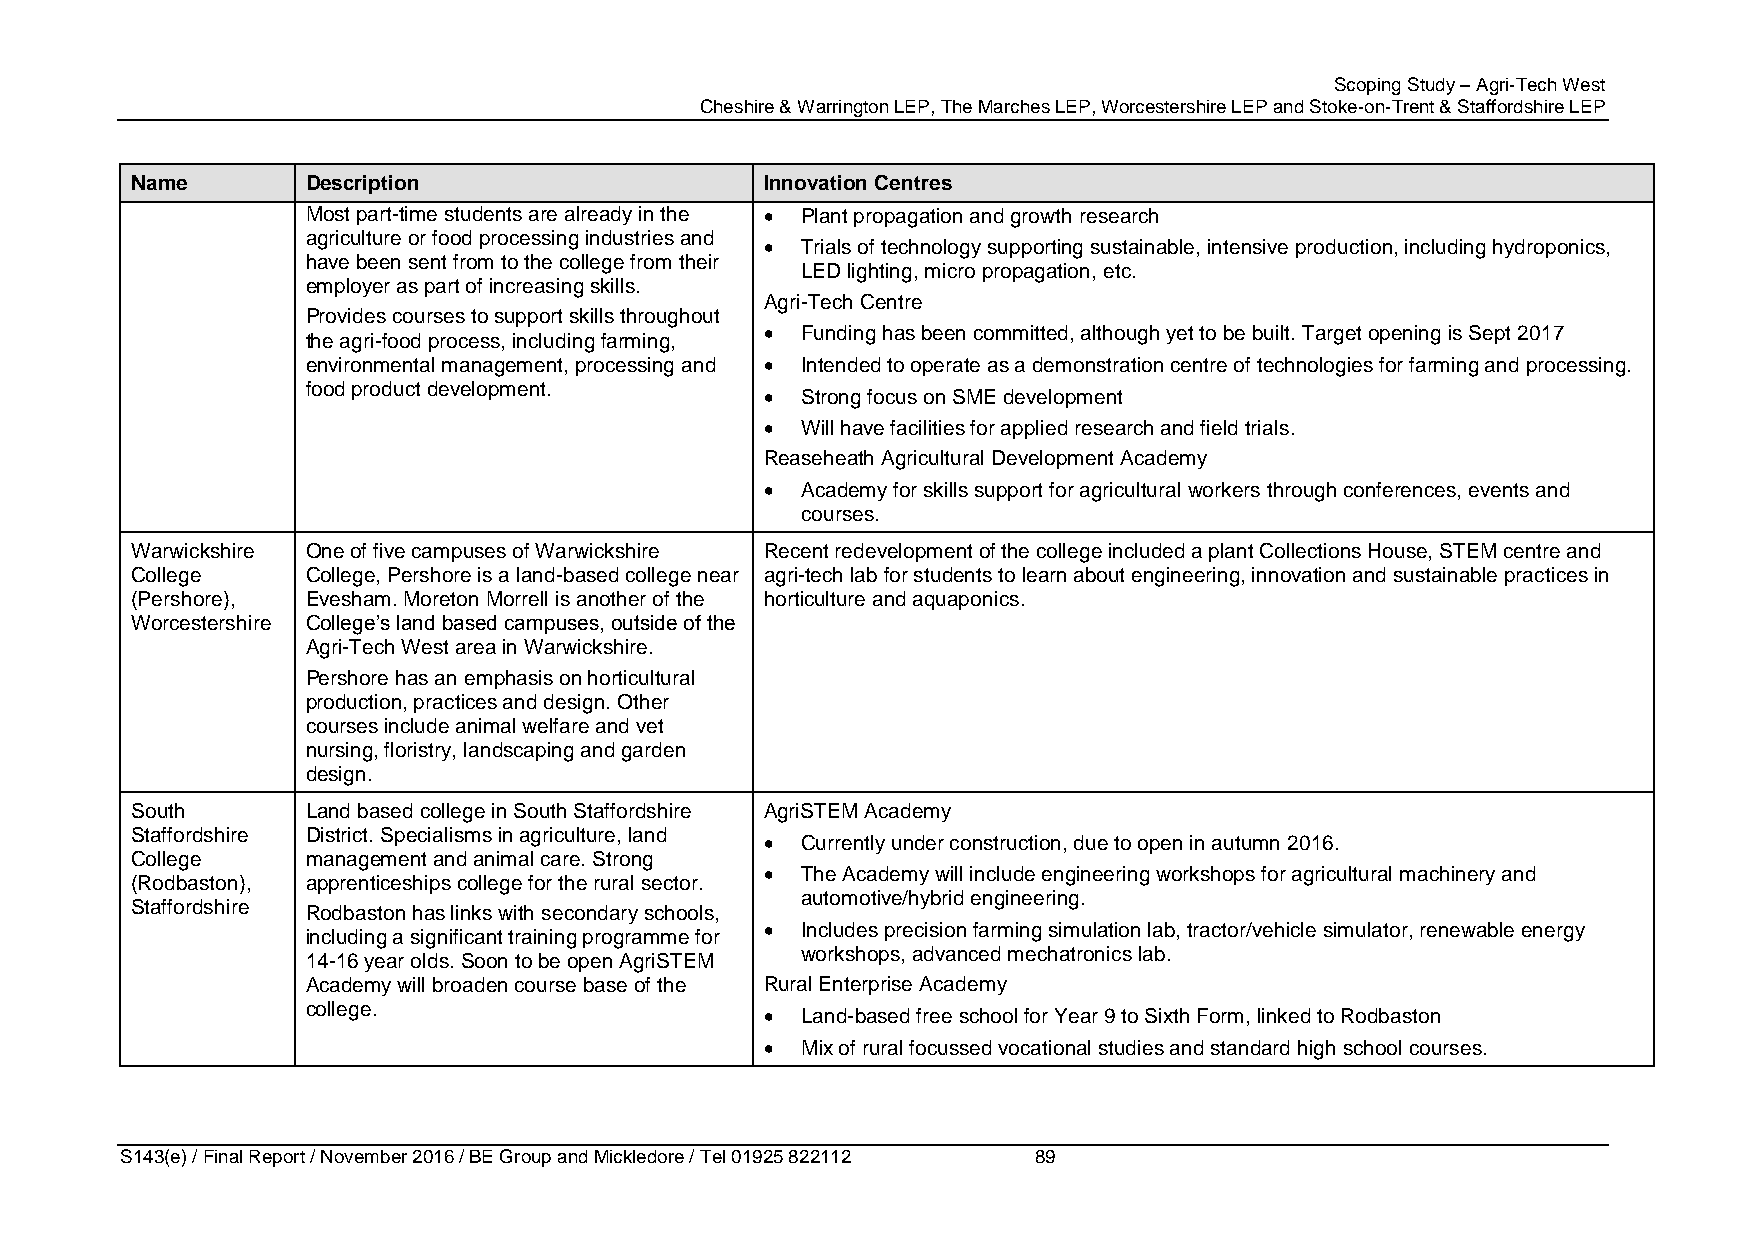
Scoping Study – Agri-Tech West
 Cheshire & Warrington LEP, The Marches LEP, Worcestershire LEP and Stoke-on-Trent & Staffordshire LEP
 Name       Description                    Innovation Centres
 Most part-time students are already in the  Plant propagation and growth research
 agriculture or food processing industries and
  Trials of technology supporting sustainable, intensive production, including hydroponics,
 have been sent from to the college from their
 LED lighting, micro propagation, etc.
 employer as part of increasing skills.
 Agri-Tech Centre
 Provides courses to support skills throughout
  Funding has been committed, although yet to be built. Target opening is Sept 2017
 the agri-food process, including farming,
 environmental management, processing and  Intended to operate as a demonstration centre of technologies for farming and processing.
 food product development.
  Strong focus on SME development
  Will have facilities for applied research and field trials.
 Reaseheath Agricultural Development Academy
  Academy for skills support for agricultural workers through conferences, events and
 courses.
 Warwickshire One of five campuses of Warwickshire Recent redevelopment of the college included a plant Collections House, STEM centre and
 College    College, Pershore is a land-based college near agri-tech lab for students to learn about engineering, innovation and sustainable practices in
 (Pershore), Evesham. Moreton Morrell is another of the horticulture and aquaponics.
 Worcestershire College’s land based campuses, outside of the
 Agri-Tech West area in Warwickshire.
 Pershore has an emphasis on horticultural
 production, practices and design. Other
 courses include animal welfare and vet
 nursing, floristry, landscaping and garden
 design.
 South      Land based college in South Staffordshire AgriSTEM Academy
 Staffordshire District. Specialisms in agriculture, land
  Currently under construction, due to open in autumn 2016.
 College    management and animal care. Strong
  The Academy will include engineering workshops for agricultural machinery and
 (Rodbaston), apprenticeships college for the rural sector.
 automotive/hybrid engineering.
 Staffordshire Rodbaston has links with secondary schools,
  Includes precision farming simulation lab, tractor/vehicle simulator, renewable energy
 including a significant training programme for
 workshops, advanced mechatronics lab.
 14-16 year olds. Soon to be open AgriSTEM
 Academy will broaden course base of the Rural Enterprise Academy
 college.
  Land-based free school for Year 9 to Sixth Form, linked to Rodbaston
  Mix of rural focussed vocational studies and standard high school courses.
 S143(e) / Final Report / November 2016 / BE Group and Mickledore / Tel 01925 822112 89